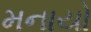
મનાયો